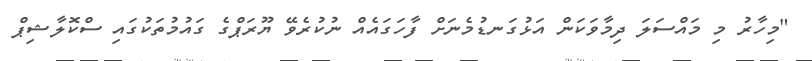
"މިހާރު މި މައްސަލަ ދިމާވަކަން އަޅުގަނޑުމެނަށް ފާހަގައެއް ނުކުރެވޭ ޔޫރަޕްގެ ގައުމުތަކުގައި ސްކޮލާޝިޕް